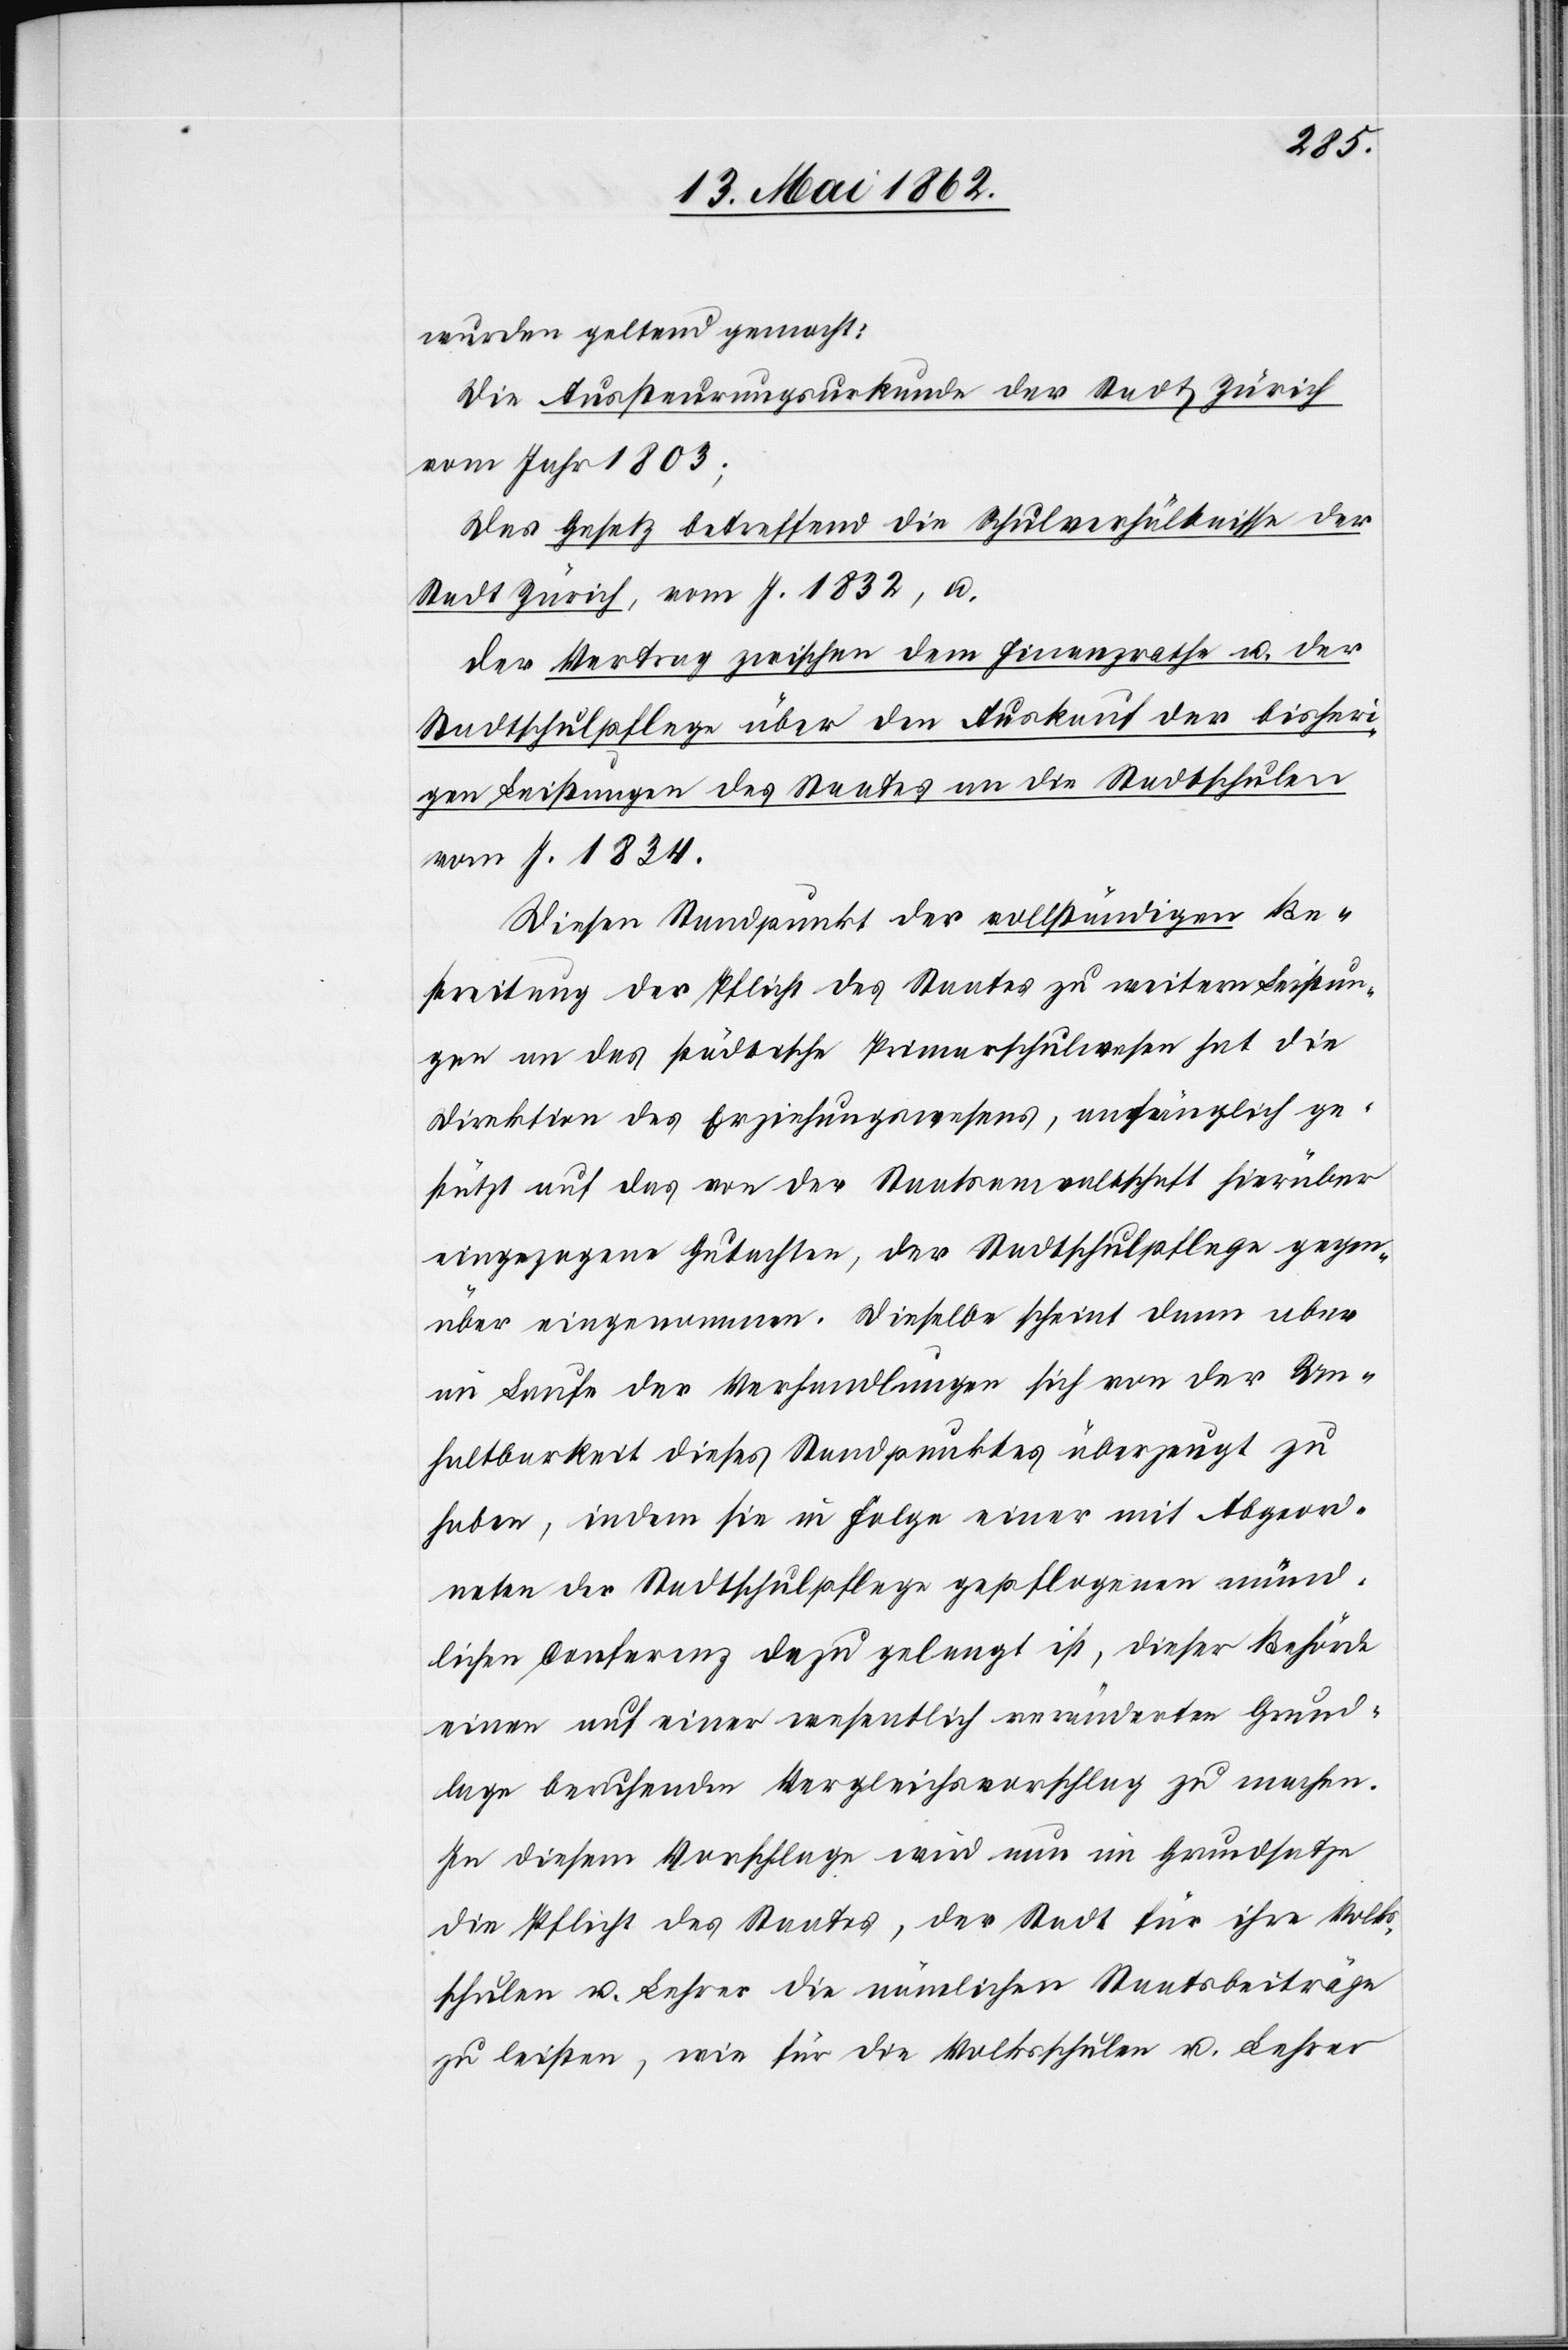
wurden geltend gemacht:
Die Ausfertigungsurkunde der Stadt Zürich
vom Jahr 1803;
Das Gesetz betreffend die Schulverhältnisse der
Stadt Zürich, vom J. 1832, u.
Der Vertrag zwischen dem Finanzrathe u. der
Stadtschulpflege über den Auskauf der bisheri¬
gen Leistungen des Staates an die Stadtschulen
vom J. 1834.
Diesen Standpunkt der vollständigen Be¬
streitung der Pflicht des Staates zu weitern Leistun¬
gen an das städtische Primarschulwesen hat die
Direktion des Erziehungswesens, anfänglich ge¬
stützt auf das von der Staatsanwaltschaft hierüber
eingezogene Gutachten, der Stadtschulpflege gegen¬
über eingenommnen. Dieselbe scheint dann aber
im Laufe der Verhandlungen sich von der Un¬
haltbarkeit dieses Standpunktes überzeugt zu
haben, indem sie in Folge einer mit Abgeord¬
neten der Stadtschulpflege gepflogenen münd¬
lichen Conferenz dazu gelangt ist, dieser Behörde
einen auf einer wesentlich veränderten Grund¬
lage beruhenden Vergleichsvorschlag zu machen.
In diesem Vorschlage wird nun im Grundsatze
die Pflicht des Staates, der Stadt für ihre Volks¬
schulen u. Lehrer die nämlichen Staatsbeiträge
zu leisten, wie für die Volksschulen u. Lehrer